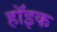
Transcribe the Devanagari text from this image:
हॉइक